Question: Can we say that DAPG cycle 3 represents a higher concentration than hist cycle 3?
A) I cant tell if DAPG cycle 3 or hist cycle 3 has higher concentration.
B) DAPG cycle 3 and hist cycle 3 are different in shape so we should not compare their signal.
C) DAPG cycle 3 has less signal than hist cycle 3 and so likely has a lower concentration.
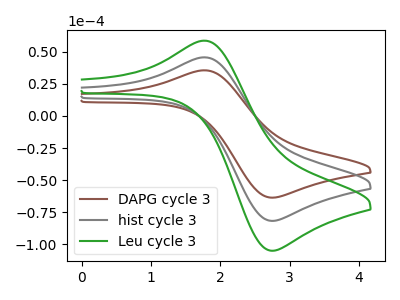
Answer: <think>The brown curve "DAPG cycle 3" has an anodic peak at (1.80V, 35.50uA) and a cathodic peak at (2.75V, -63.70uA). The gray curve "hist cycle 3" has an anodic peak at (1.80V, 45.55uA) and a cathodic peak at (2.75V, -81.80uA). The green curve "Leu cycle 3" has an anodic peak at (1.80V, 91.15uA) and a cathodic peak at (2.75V, -163.60uA).
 All the peaks in "DAPG cycle 3" have a peak in "hist cycle 3" at the same potential. Every peak in "DAPG cycle 3" is lower than every peak in "hist cycle 3".</think>
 <answer>C) "DAPG cycle 3" has less signal than "hist cycle 3" and so likely has a lower concentration.</answer>
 <eval>C</eval>